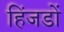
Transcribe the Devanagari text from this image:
हिंजडों